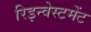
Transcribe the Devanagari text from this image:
रिइन्वेस्टमेंट